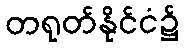
တရုတ်နိုင်ငံ၌